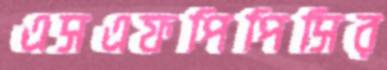
এসএফপিপিসির